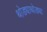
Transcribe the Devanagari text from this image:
थोड्याथोड्या